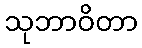
သုဘာဝိတာ